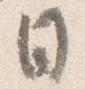
日